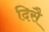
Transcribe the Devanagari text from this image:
दिसै